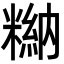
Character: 𥻻